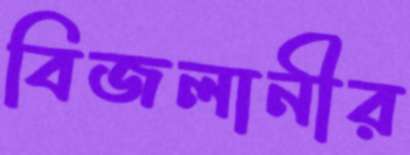
বিজলানীর